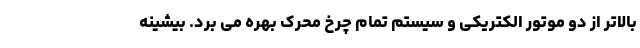
بالاتر از دو موتور الکتریکی و سیستم تمام چرخ محرک بهره می برد. بیشینه